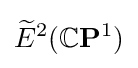
{\widetilde {E}}^{2}(\mathbb {C} \mathbf {P} ^{1})